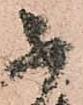
不